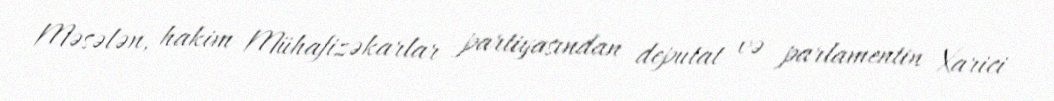
Məsələn, hakim Mühafizəkarlar partiyasından deputat və parlamentin Xarici